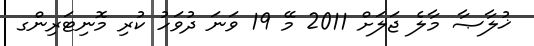
ޚުލާޞާ މާލެ ޖަލަށް 2011 މޭ 19 ވަނަ ދުވަހު ކުރި މޮނިޓަރިންގ